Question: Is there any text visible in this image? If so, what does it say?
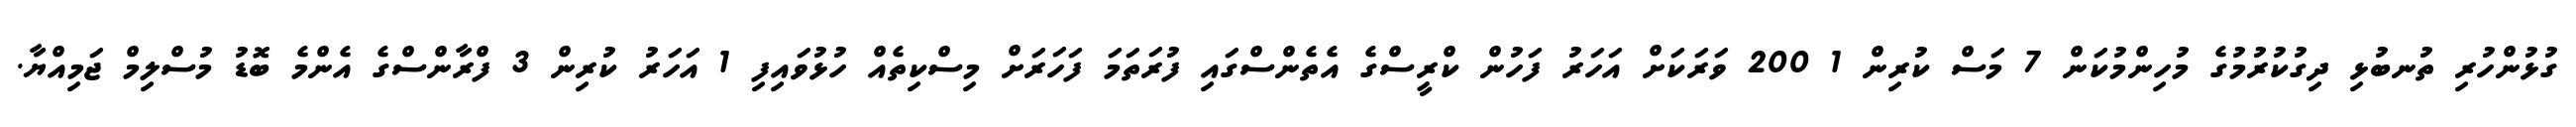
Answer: ގުޅުންހުރި ތުނބުޅި ދިގުކުރުމުގެ މުހިންމުކަން 7 މަސް ކުރިން 1 200 ވަރަކަށް އަހަރު ފަހުން ކްރީސްގެ އެތެންސްގައި ފުރަތަމަ ފަހަރަށް މިސްކިތެއް ހުޅުވައިފި 1 އަހަރު ކުރިން 3 ފްރާންސްގެ އެންމެ ބޮޑު މުސްލިމް ޖަމިއްޔާ.